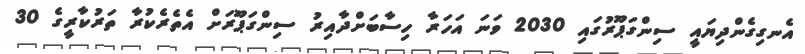
އެނގިގެންދިޔައީ ސިންގަޕޫރުގައި 2030 ވަނަ އަހަރާ ހިސާބަށްދާއިރު ސިންގަޕޫރަށް އެތެރެކުރާ ތަރުކާރީގެ 30